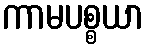
ကာမပစ္စယာ